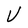
Character: V